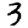
Digit: 3